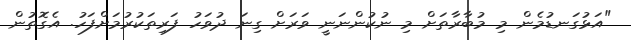
"އަޅުގަނޑުމެން މި މުބާރާތަށް މި ނުކުންނަނީ ވަރަށް ގިނަ ދުވަހު ފަރިތަކުރުމަށްފަހު. އެގޮތުން